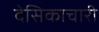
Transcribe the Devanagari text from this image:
देसिकाचारी